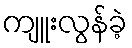
ကျူးလွန်ခဲ့